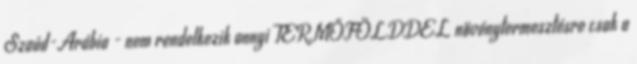
Szaúd-Arábia - nem rendelkezik annyi TERMŐFÖLDDEL növénytermesztésre csak a